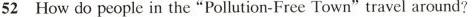
52 How do people in the "Pollution-Free Town"travel around?